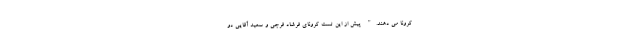
کرونا می دهند." پیش از این تست کرونای فرشاد فرجی و سعید آقایی دو